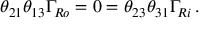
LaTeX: \theta _ { 2 1 } \theta _ { 1 3 } \Gamma _ { R o } = 0 = \theta _ { 2 3 } \theta _ { 3 1 } \Gamma _ { R i } \, .